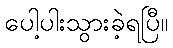
ပေါ့ပါးသွားခဲ့ရပြီ။